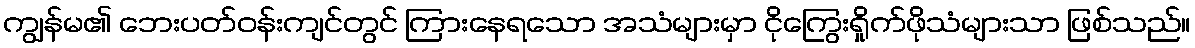
ကျွန်မ၏ ဘေးပတ်ဝန်းကျင်တွင် ကြားနေရသော အသံများမှာ ငိုကြွေးရှိုက်ဖိုသံများသာ ဖြစ်သည်။